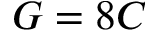
G = 8 C